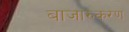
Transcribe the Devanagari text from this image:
बाजारुकरण